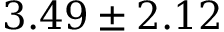
3 . 4 9 \pm 2 . 1 2